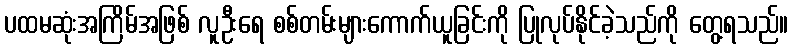
ပထမဆုံးအကြိမ်အဖြစ် လူဦးရေ စစ်တမ်းများကောက်ယူခြင်းကို ပြုလုပ်နိုင်ခဲ့သည်ကို တွေ့ရသည်။